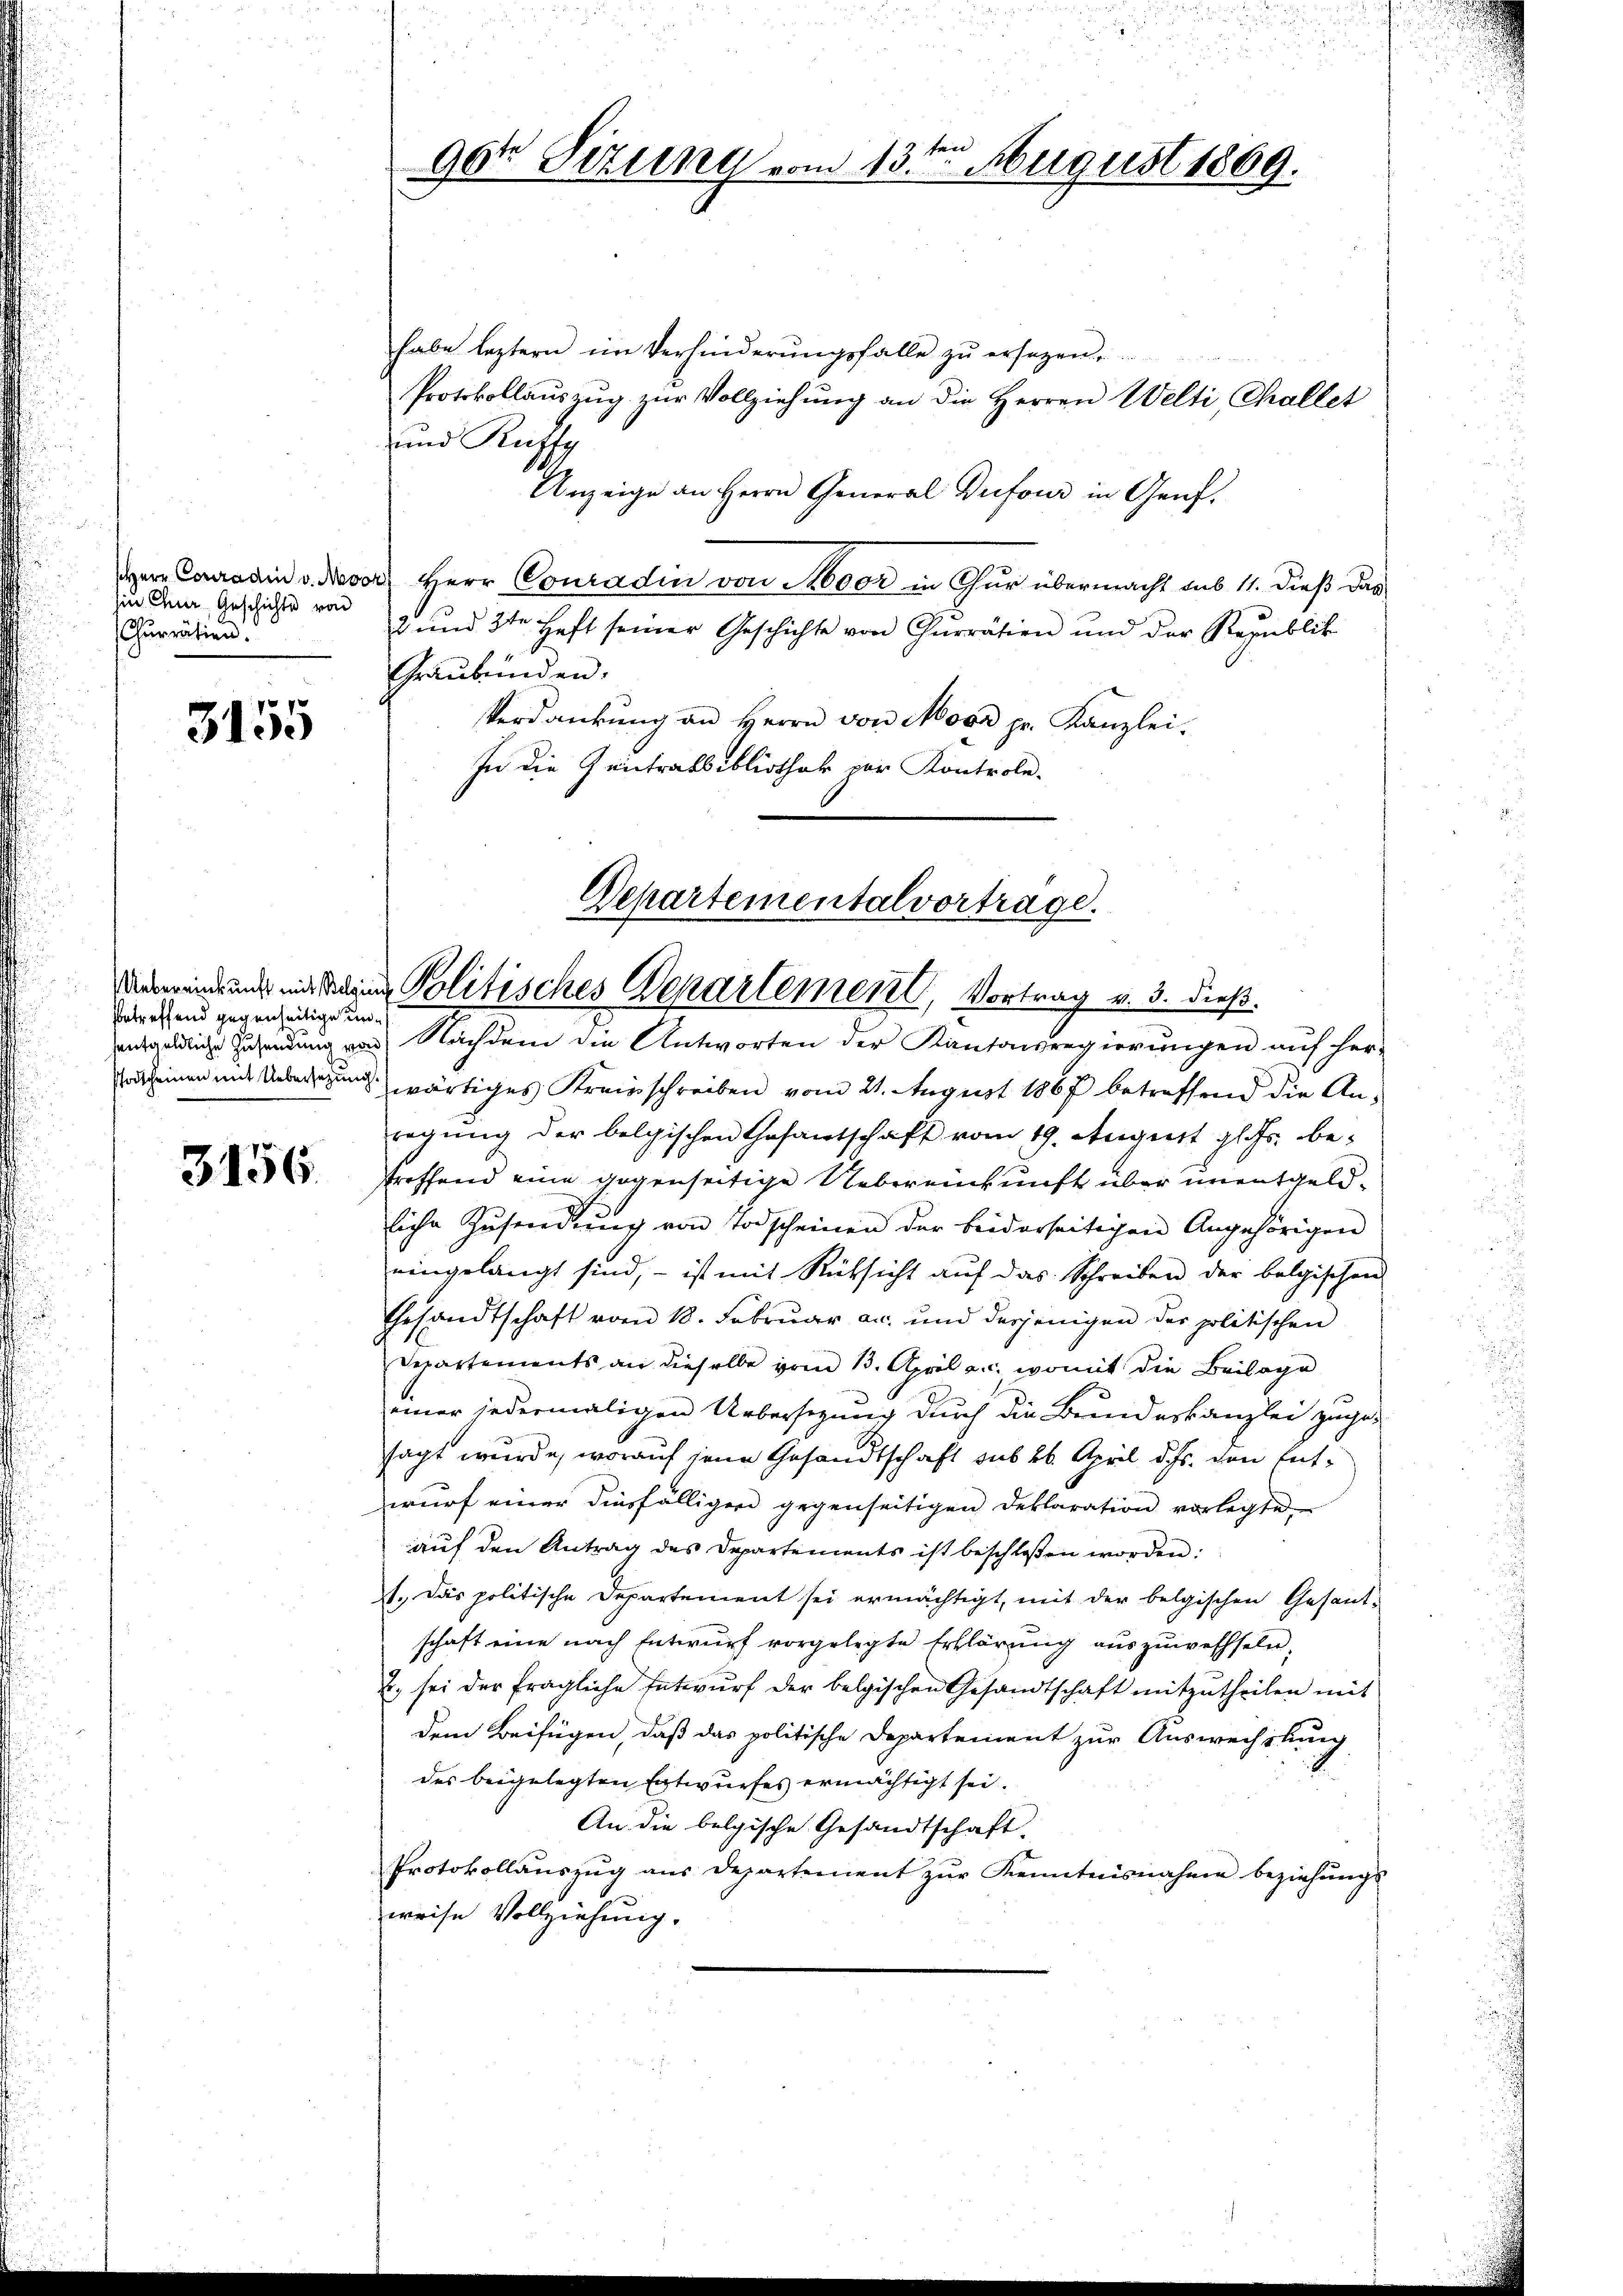
hin Chur Geschichte von
Churrätien.

3155

habe leztern im Verhinderungsfalle zu ersezen,
Protokollaŭszŭg zŭr Vollziehung an die Herren Welti, Challet
und Kuffg
Anzeige an Herrn General Brifour in Genf.
Herr Conradin v. Nevor Herr Conradin von Sooor in Gur übermacht aus 11. dieß das
2 und 3ten Heft seiner Geschichte von Churrätien und der Republik
Graubünden.
Verdankung an Herrn von Moor pr. Kanzlei.
In die Zeitratsibliothek zur Kontrole-

bbetreffend gegenseitige un¬

3156.

e
90t Sizung vom 13. August 1869.

Departementalvortrage.
emeinde und mit eine Politisches Departement, Vortrag v. 3. dieß.

entgeldliche Zusendung von Nachdem die Antworten der Kantonsregierungen auf her-
Poscheinen und Ueberlegung wärtiges Kreisschreiben vom 21. August 1867 betreffend die Anregŭng der belgischen Gesantschaft vom 19. August gl. Js. be-
treffend eine gegenseitige Uebereinkunft über unentgeldliche Zusendung von Todscheinen der beiderseitigen Angehörigen
eingelangt sind, – ist mit Rücksicht auf das Schreiben der belgischen
Gesandtschaft vom 18. Februar an. und derjenigen der politischen
Departements an dieselbe vom 13. April a. c. womit die Beilage
einer jedermaligen Uebersezung durch die Bundeskanzlei zuge-
sagt wurde, worauf jene Gesandtschaft sub 26. April d. Js. den Entwurf einer diesfälliger gegenseitigen Deklaration vorlegte.
auf den Antrag des Departements ist beschlossen worden:
1., Das politische Departement sei ermächtigt, mit der belgischen Gesant-
schaft eine nach Entwurf vorgelegte Erklärung auszuwechseln.
2. sei der fragliche Entwŭrf der belgischen Gesandtschaft mitzŭtheilen mit
dem Beifügen, daß das politische Departement zur Auswechslung
des beigelegten Entwurfes ermächtigt sei.
An die belgische Gesandtschaft-
Protokollaŭszŭg aŭs departement zŭr Kenntnisnahme beziehŭngs-
weise Vollziehung.